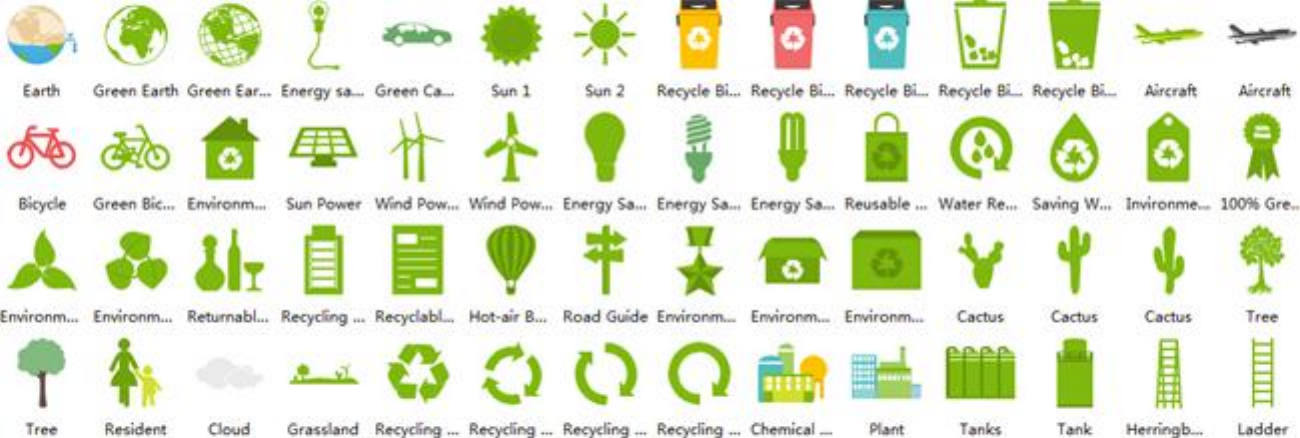
Earth  Green Earth Green Ear ... Energy sa ... Green Ca ... Sun 1 Sun 2 Recycle Bi ... Recycle Bi ... Recycle Bi ... Recycle Bi. Recycle Bi _. Aircraft Aircraft
     =
  Bicycle Green Bic ... Environm .... Sun Power Wind Pow ... Wind Pow ... Energy Sa ... Energy Sa ... Energy Sa ... Reusable ... Water Re ... Saving W ... Invironme ... 100% Gre.
  Environm ... Environm ... Returnabl ... Recycling ... Recyclabl ... Hot-air B ... Road Guide Environm ... Environm ... Environm ... Cactus Cactus Cactus Tree
   Tree    Resident   Cloud    Grassland Recycling ... Recycling ... Recycling ... Recycling ... Chemical . Plant Tanks Tank Herringb ... Ladder